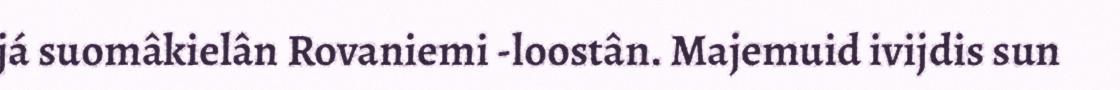
já suomâkielân Rovaniemi -loostân. Majemuid ivijdis sun